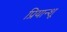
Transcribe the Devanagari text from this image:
प्रियान्शू